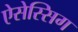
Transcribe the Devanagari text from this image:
ऐसेस्सिग